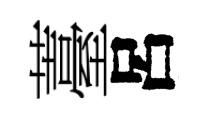
薹呂